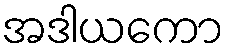
အဒါယကော